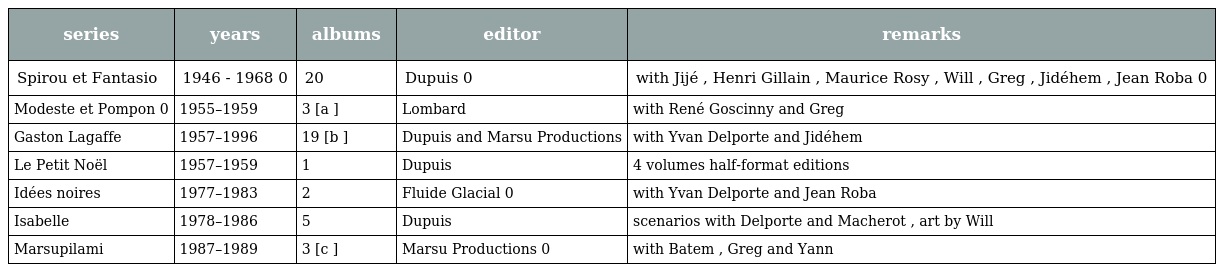
| series | years | albums | editor | remarks |
 | --- | --- | --- | --- | --- |
 | Spirou et Fantasio | 1946 - 1968 0 | 20 | Dupuis 0 | with Jijé , Henri Gillain , Maurice Rosy , Will , Greg , Jidéhem , Jean Roba 0 |
 | Modeste et Pompon 0 | 1955–1959 | 3 [a ] | Lombard | with René Goscinny and Greg |
 | Gaston Lagaffe | 1957–1996 | 19 [b ] | Dupuis and Marsu Productions | with Yvan Delporte and Jidéhem |
 | Le Petit Noël | 1957–1959 | 1 | Dupuis | 4 volumes half-format editions |
 | Idées noires | 1977–1983 | 2 | Fluide Glacial 0 | with Yvan Delporte and Jean Roba |
 | Isabelle | 1978–1986 | 5 | Dupuis | scenarios with Delporte and Macherot , art by Will |
 | Marsupilami | 1987–1989 | 3 [c ] | Marsu Productions 0 | with Batem , Greg and Yann |